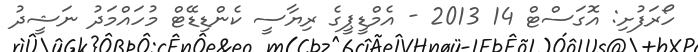
ހޯރަފުށި: އޮގަސްޓް 14 2013 - އެމްޑީޕީގެ ރިޔާސީ ކެންޑިޑޭޓް މުހައްމަދު ނަޝީދު